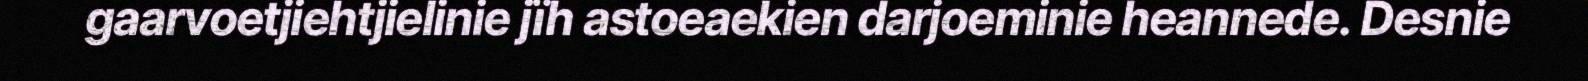
gaarvoetjiehtjielinie jïh astoeaekien darjoeminie heannede. Desnie